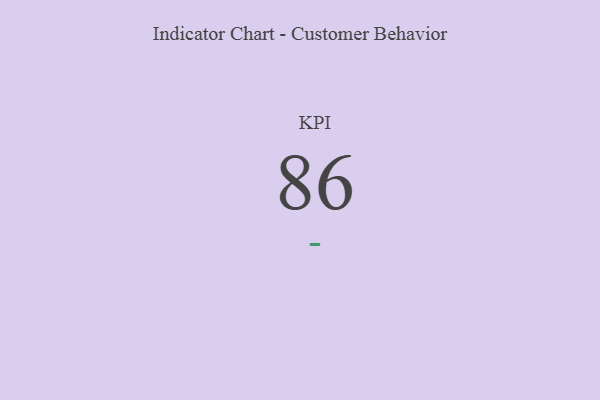
{"axis": {"x": "KPI", "y": "Value"}, "legend": [""], "data": [{"x": "KPI", "y": 86, "type": ""}]}